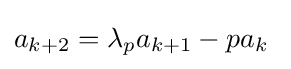
a_{k+2}=\lambda _{p}a_{k+1}-pa_{k}\